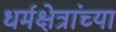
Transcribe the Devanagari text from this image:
धर्मक्षेत्रांच्या